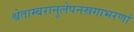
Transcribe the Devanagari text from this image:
श्वेताम्बरानुलेपनस्रगाभरणां